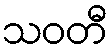
သဝတီ